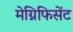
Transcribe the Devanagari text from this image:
मेग्निफिसेंट